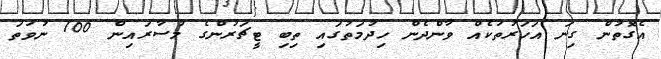
އެގޮތުން ގިނަ އަހަރުތަކެއް ވާންދެން ހިދުމަތުގައި ތިބި ޓީޗަރުންގެ މުސާރައިން 100 ނުވަތަ